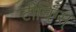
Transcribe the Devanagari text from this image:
टीचिंग्स्‌